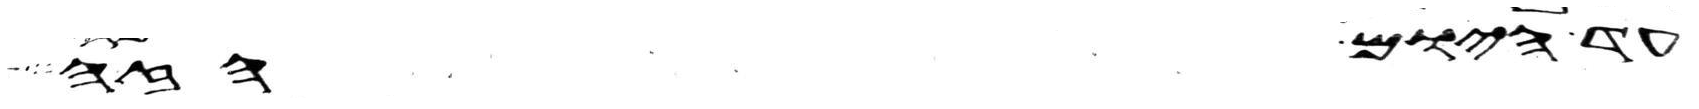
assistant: עד היום הזה